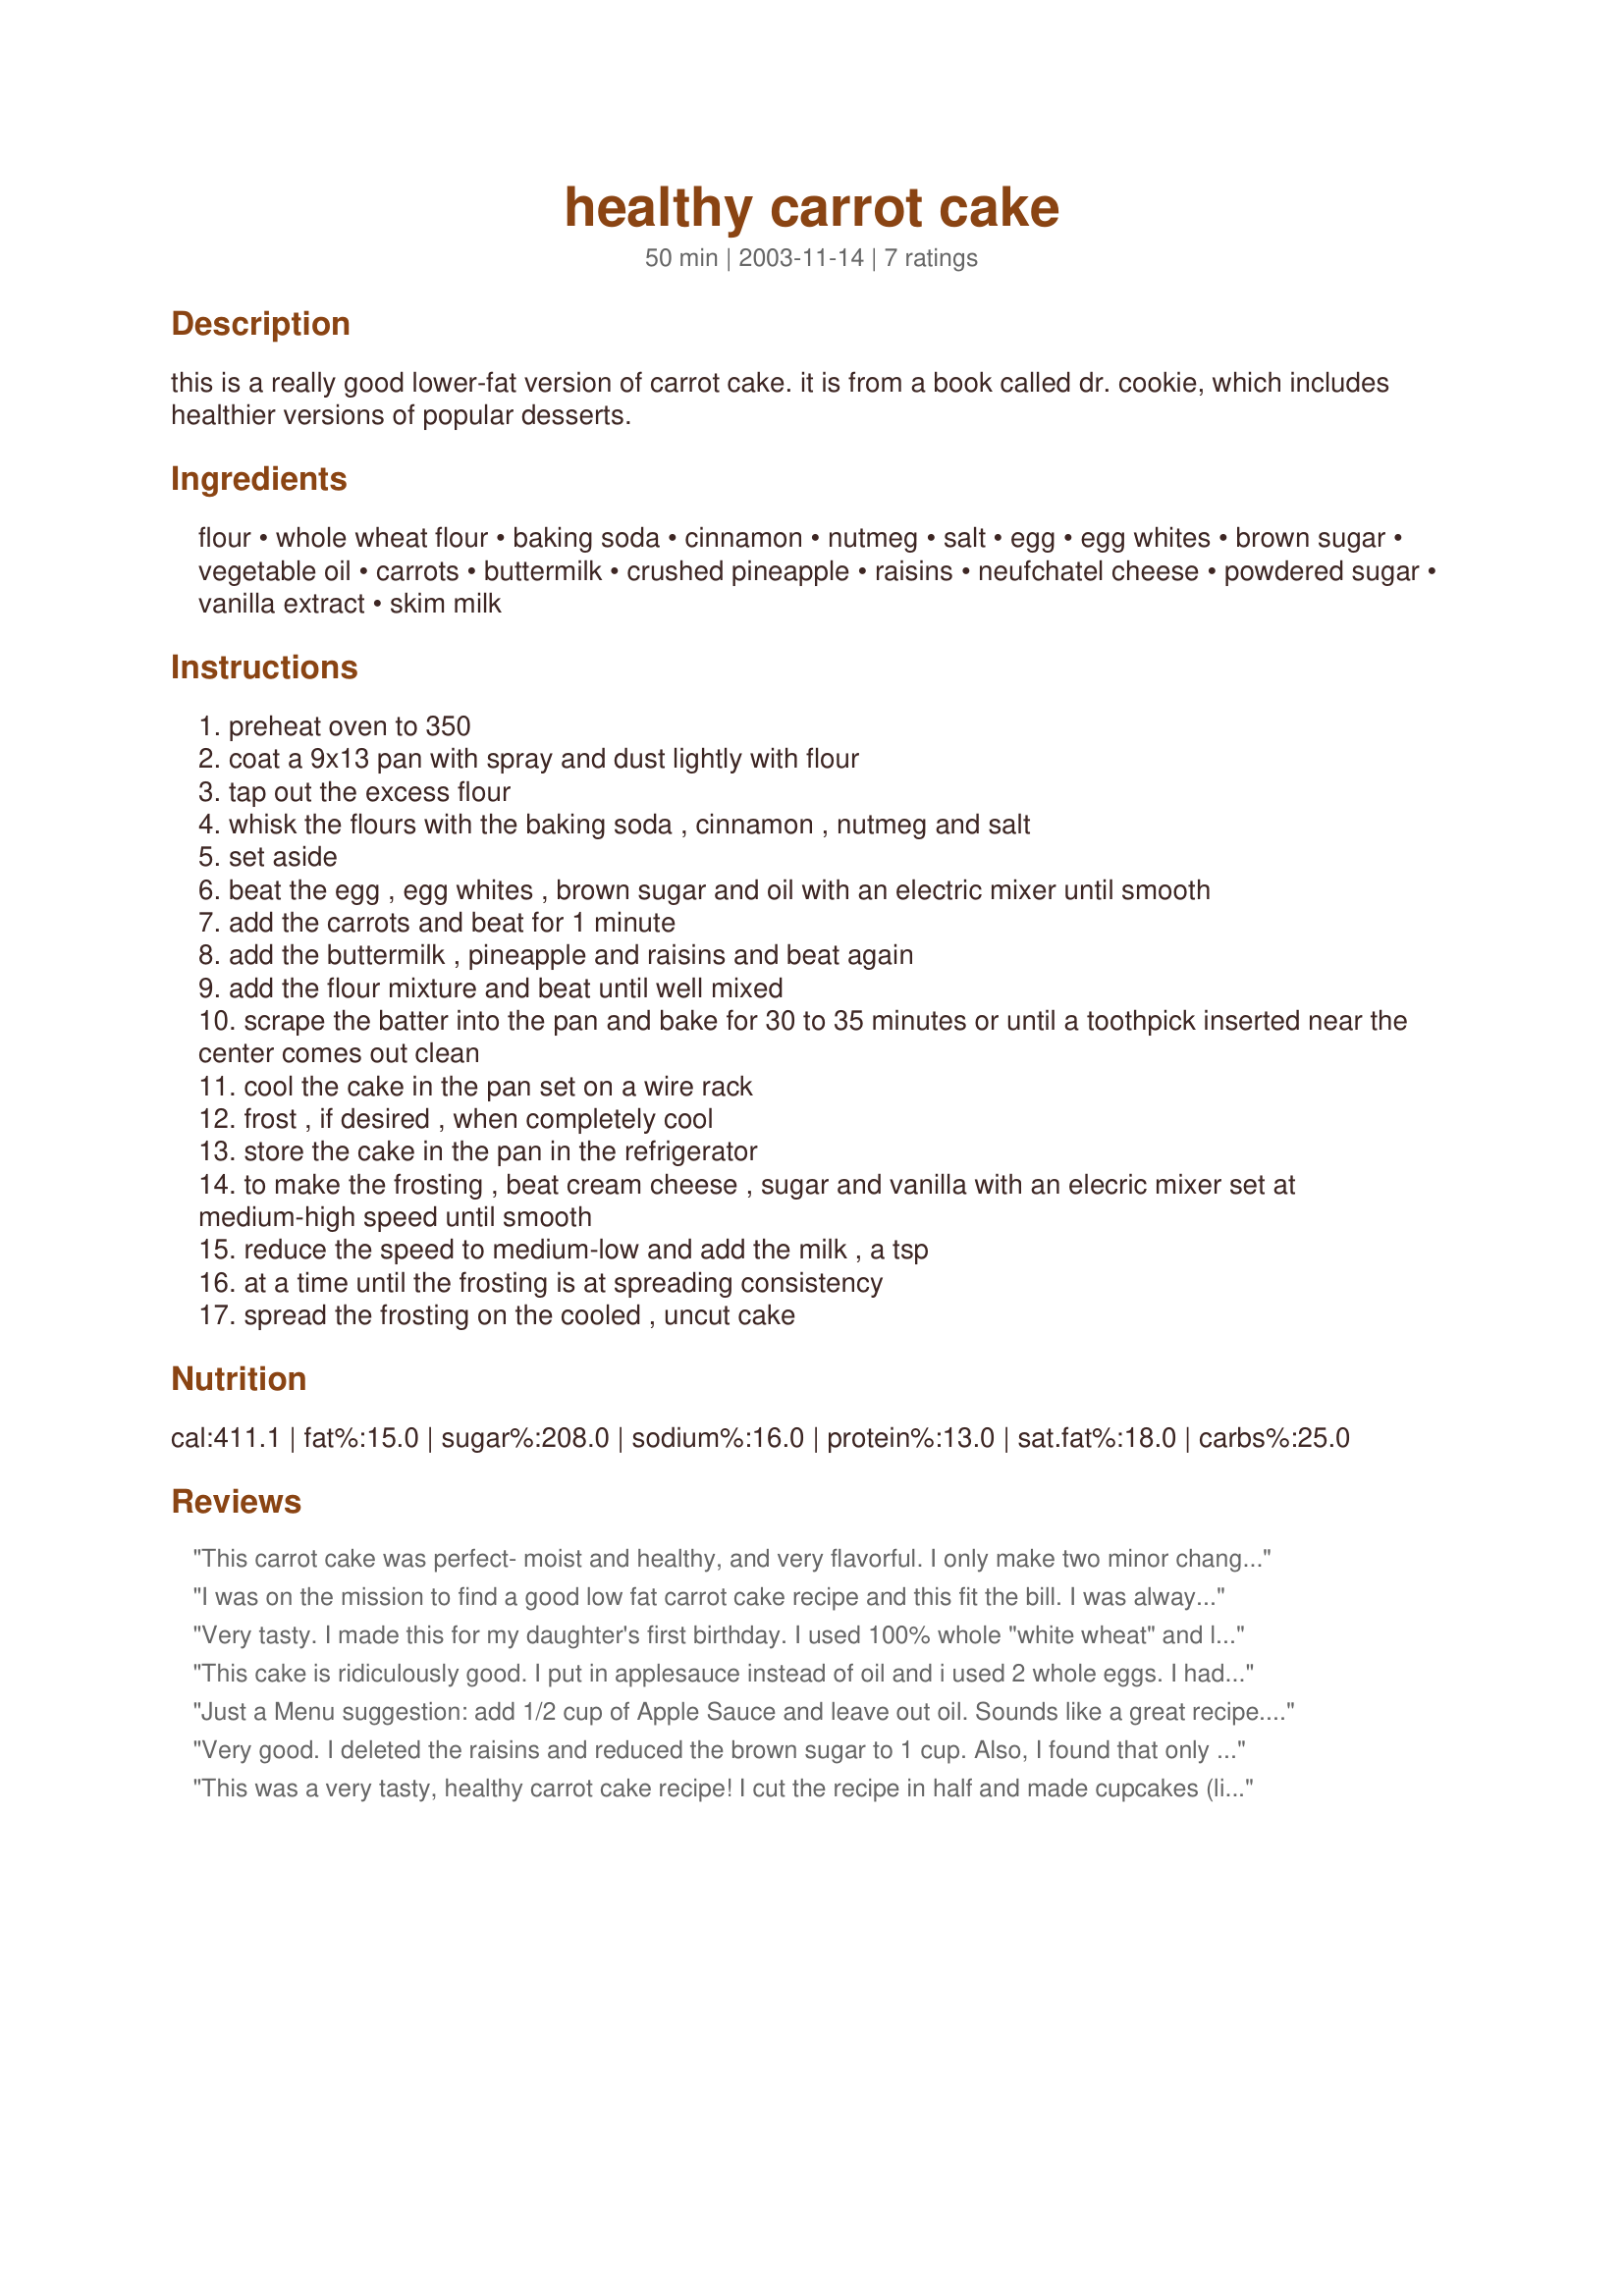
healthy carrot cake
Preparation time: 50 minutes

this is a really good lower-fat version of carrot cake. it is from a book called dr. cookie, which includes healthier versions of popular desserts.

Ingredients:
flour, whole wheat flour, baking soda, cinnamon, nutmeg, salt, egg, egg whites, brown sugar, vegetable oil, carrots, buttermilk, crushed pineapple, raisins, neufchatel cheese, powdered sugar, vanilla extract, skim milk

Steps:
preheat oven to 350
coat a 9x13 pan with spray and dust lightly with flour
tap out the excess flour
whisk the flours with the baking soda , cinnamon , nutmeg and salt
set aside
beat the egg , egg whites , brown sugar and oil with an electric mixer until smooth
add the carrots and beat for 1 minute
add the buttermilk , pineapple and raisins and beat again
add the flour mixture and beat until well mixed
scrape the batter into the pan and bake for 30 to 35 minutes or until a toothpick inserted near the center comes out clean
cool the cake in the pan set on a wire rack
frost , if desired , when completely cool
store the cake in the pan in the refrigerator
to make the frosting , beat cream cheese , sugar and vanilla with an elecric mixer set at medium-high speed until smooth
reduce the speed to medium-low and add the milk , a tsp
at a time until the frosting is at spreading consistency
spread the frosting on the cooled , uncut cake

Reviews:
This carrot cake was perfect- moist and healthy, and very flavorful. I only make two minor changes: I omitted the raisins (because my husband doesn't like them in cake), and I used lowfat Philly cream cheese instead of neufchatel cheese.
I was on the mission to find a good low fat carrot cake recipe and this fit the bill. I was always turned off by the amount of oil in a regular carrot cake recipe. This was light and moist and everybody enjoyed it. Thanks Chris for a great recipe. I will be making this again.
Very tasty. I made this for my daughter's first birthday. I used 100% whole "white wheat" and left out the raisins in the cake. I baked the cake in two 8" round pans. Since I was making this a layer cake, I needed more frosting so I used 16 ounces of cream cheese. I wanted less sugar in the frosting, so I used 1 cup of raisins, and 1 cup of powdered sugar along with 2 teaspoons vanilla and 2 teaspoons skim milk. I whirled the raisins in the food processor and then added the other ingredients. Since I was doubling the frosting, the 1 cup of powdered sugar ended up being just 1/4 of the original amount.
This cake is ridiculously good. I put in applesauce instead of oil and i used 2 whole eggs. I had my doubts, but it's too good.
Just a Menu suggestion:
add 1/2 cup of Apple Sauce and leave out oil.
Sounds like a great recipe. Thanks for sharing it!
Very good. I deleted the raisins and reduced the brown sugar to 1 cup. Also, I found that only 1/2 c of powdered sugar was needed in the frosting. I also made these into cupcakes, rather than a whole cake. The recipe made 20, which with my modifications were approx. 185 calories each.
This was a very tasty, healthy carrot cake recipe! I cut the recipe in half and made cupcakes (like another reviewer) and I came out with 10 cupcakes. I left out the raisins and walnuts because they were for a work birthday with people who don&#039;t care for those two items. The cupcakes were moist and flavorful. I used white whole wheat flour and whole wheat flour. This was an easy and good recipe. I&#039;d like to make it again.
